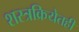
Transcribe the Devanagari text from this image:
शस्त्रक्रियेतही